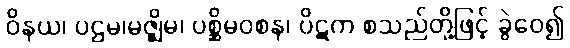
ဝိနယ၊ ပဌမ၊မဇ္ဈိမ၊ ပစ္ဆိမဝစန၊ ပိဋက စသည်တို့ဖြင့် ခွဲဝေ၍